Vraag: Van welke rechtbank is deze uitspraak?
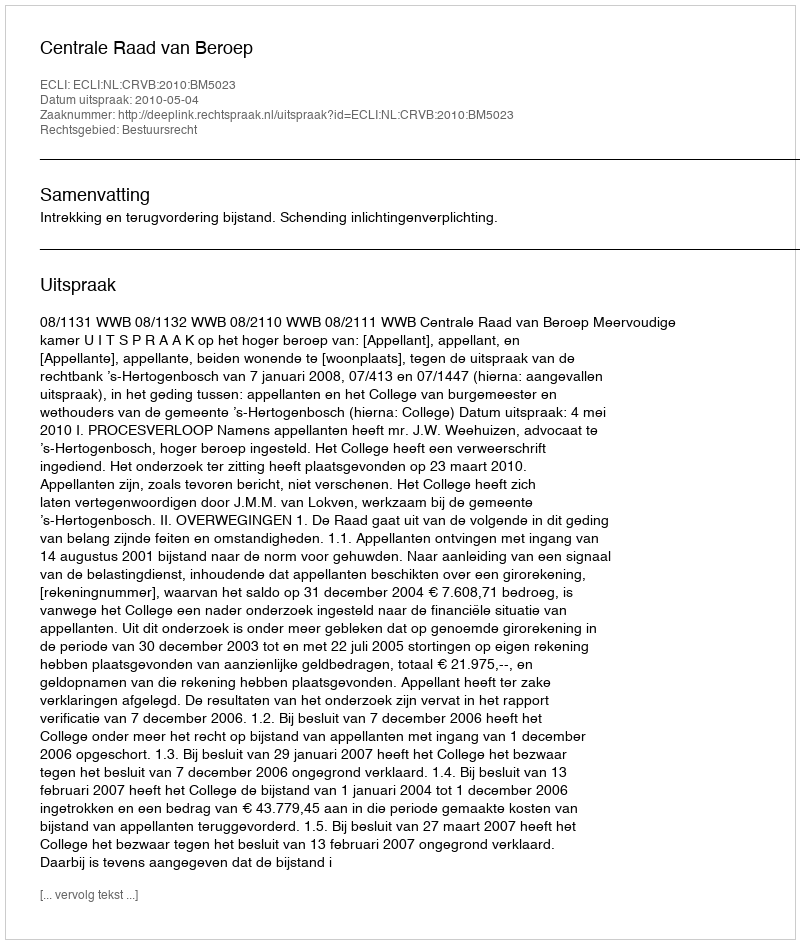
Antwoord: Centrale Raad van Beroep